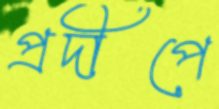
প্রদীপে